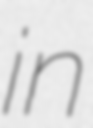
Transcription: in